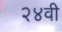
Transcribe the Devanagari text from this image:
२४वी